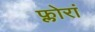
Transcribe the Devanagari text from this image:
फ्लोरां